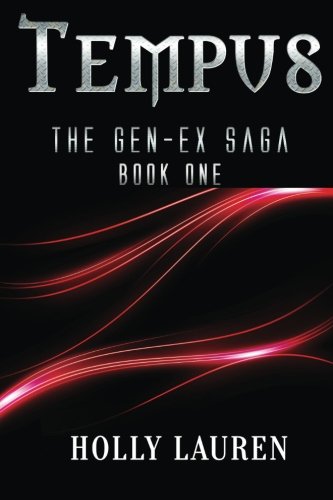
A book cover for Tempus (The GenEx Saga) (Volume 1); Holly Lauren; Science Fiction & Fantasy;